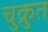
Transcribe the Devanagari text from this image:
चुक्रुत